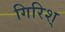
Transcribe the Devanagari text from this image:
गिरिश्